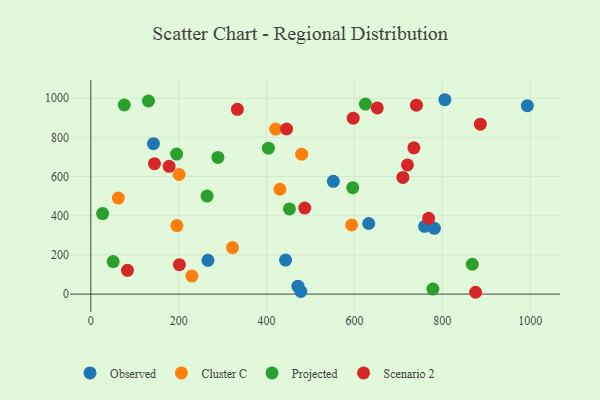
{"axis": {"x": "Distance", "y": "Demand"}, "legend": ["Cluster C", "Observed", "Projected", "Scenario 2"], "data": [{"x": "477.9", "y": 13.3, "type": "Observed"}, {"x": "632.5", "y": 360.1, "type": "Observed"}, {"x": "782.0", "y": 335.4, "type": "Observed"}, {"x": "993.6", "y": 961.5, "type": "Observed"}, {"x": "759.7", "y": 345.7, "type": "Observed"}, {"x": "471.4", "y": 40.5, "type": "Observed"}, {"x": "266.6", "y": 172.3, "type": "Observed"}, {"x": "443.3", "y": 173.7, "type": "Observed"}, {"x": "552.0", "y": 575.3, "type": "Observed"}, {"x": "142.6", "y": 767.5, "type": "Observed"}, {"x": "805.8", "y": 991.9, "type": "Observed"}, {"x": "62.7", "y": 490.0, "type": "Cluster C"}, {"x": "420.8", "y": 842.3, "type": "Cluster C"}, {"x": "322.5", "y": 237.4, "type": "Cluster C"}, {"x": "201.0", "y": 610.2, "type": "Cluster C"}, {"x": "196.0", "y": 349.5, "type": "Cluster C"}, {"x": "593.6", "y": 352.7, "type": "Cluster C"}, {"x": "230.0", "y": 92.0, "type": "Cluster C"}, {"x": "479.8", "y": 714.1, "type": "Cluster C"}, {"x": "430.4", "y": 534.9, "type": "Cluster C"}, {"x": "452.1", "y": 434.5, "type": "Projected"}, {"x": "50.9", "y": 165.7, "type": "Projected"}, {"x": "76.1", "y": 965.0, "type": "Projected"}, {"x": "404.1", "y": 744.8, "type": "Projected"}, {"x": "778.6", "y": 25.3, "type": "Projected"}, {"x": "195.3", "y": 714.6, "type": "Projected"}, {"x": "596.2", "y": 543.2, "type": "Projected"}, {"x": "868.3", "y": 152.2, "type": "Projected"}, {"x": "624.9", "y": 969.7, "type": "Projected"}, {"x": "26.9", "y": 410.8, "type": "Projected"}, {"x": "289.3", "y": 697.5, "type": "Projected"}, {"x": "131.3", "y": 985.3, "type": "Projected"}, {"x": "264.6", "y": 500.2, "type": "Projected"}, {"x": "178.2", "y": 651.8, "type": "Scenario 2"}, {"x": "486.9", "y": 438.8, "type": "Scenario 2"}, {"x": "741.1", "y": 964.3, "type": "Scenario 2"}, {"x": "768.9", "y": 386.6, "type": "Scenario 2"}, {"x": "445.6", "y": 842.6, "type": "Scenario 2"}, {"x": "83.5", "y": 121.4, "type": "Scenario 2"}, {"x": "875.8", "y": 9.2, "type": "Scenario 2"}, {"x": "333.6", "y": 942.8, "type": "Scenario 2"}, {"x": "144.9", "y": 665.3, "type": "Scenario 2"}, {"x": "886.6", "y": 866.9, "type": "Scenario 2"}, {"x": "201.6", "y": 149.9, "type": "Scenario 2"}, {"x": "720.7", "y": 659.0, "type": "Scenario 2"}, {"x": "597.2", "y": 897.7, "type": "Scenario 2"}, {"x": "710.3", "y": 595.6, "type": "Scenario 2"}, {"x": "735.3", "y": 746.6, "type": "Scenario 2"}, {"x": "652.0", "y": 950.3, "type": "Scenario 2"}]}